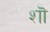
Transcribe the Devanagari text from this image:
शॊ